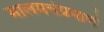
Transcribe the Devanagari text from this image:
मालमत्तेप्रमाणे